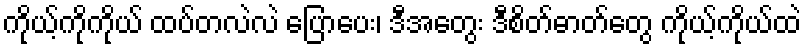
ကိုယ့်ကိုကိုယ် ထပ်တလဲလဲ ပြောပေး၊ ဒီအတွေး ဒီစိတ်ဓာတ်တွေ ကိုယ့်ကိုယ်ထဲ